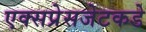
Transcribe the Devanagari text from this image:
एक्सप्रेसजेटकडे